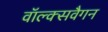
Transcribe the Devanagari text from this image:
वॉल्क्सवैगन